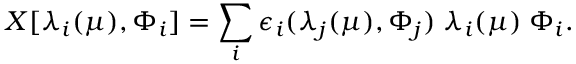
X [ \lambda _ { i } ( \mu ) , \Phi _ { i } ] = \sum _ { i } \epsilon _ { i } ( \lambda _ { j } ( \mu ) , \Phi _ { j } ) \; \lambda _ { i } ( \mu ) \; \Phi _ { i } .